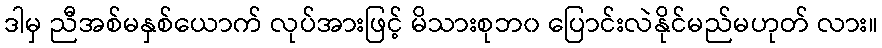
ဒါမှ ညီအစ်မနှစ်ယောက် လုပ်အားဖြင့် မိသားစုဘ၀ ပြောင်းလဲနိုင်မည်မဟုတ် လား။